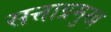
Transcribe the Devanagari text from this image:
सत्ताप्रमुख